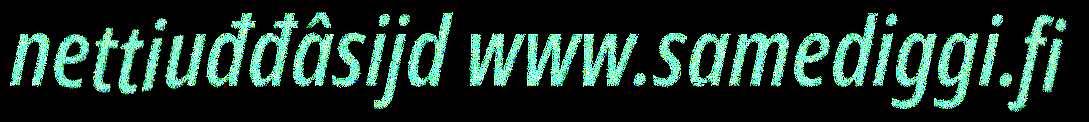
nettiuđđâsijd www.samediggi.fi